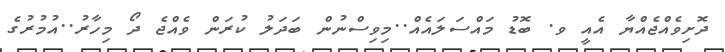
ދޮށިވެއްޖެއްޔާ އެއީ ވ. ބޮޑު މައްސަލައެއް..މިވިސްނުން ބަދަލު ކުރަން ވެއްޖެ ދޯ މިހާރު..އުމުރުގެ